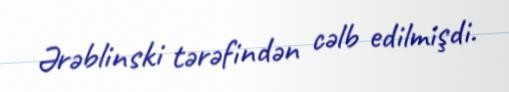
Ərəblinski tərəfindən cəlb edilmişdi.